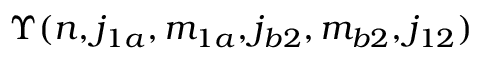
\Upsilon ( n , j _ { 1 a } , m _ { 1 a } , j _ { b 2 } , m _ { b 2 } , j _ { 1 2 } )